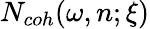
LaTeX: N_{coh}(\omega,n;\xi)